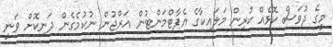
މީގެ ދުވަސް ކޮޅެއް ކުރިން މަލައިކާގެ އެޕާޓްމަންޓުން އަރްޖުން ނުކުމެގެން ދަނިކޮށް ވަނީ